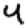
Digit: 4